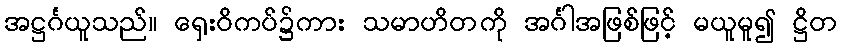
အဋ္ဌင်္ဂယူသည်။ ရှေးဝိကပ်၌ကား သမာဟိတကို အင်္ဂါအဖြစ်ဖြင့် မယူမူ၍ ဋ္ဌိတ